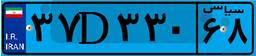
۳۷D۳۳۰۶۸